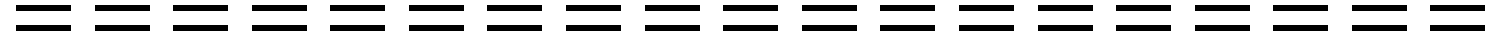
===================